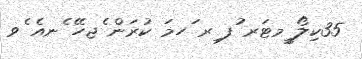
35ކިލޯ ީމޓަރ ުފ ިރ ަހމަ ކުރަން ެޖހޭ ެނއެ ެވ